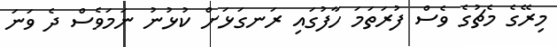
މިރޭގެ މެޗުގެ ވެސް ފުރަތަމަ ހާފުގައި ރަނގަޅަށް ކުޅުނު ނަމަވެސް ދެ ވަނަ